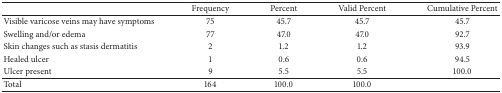
<table><thead><tr><td><b> </b></td><td><b>Frequency</b></td><td><b>Percent</b></td><td><b>Valid Percent</b></td><td><b>Cumulative Percent</b></td></tr></thead><tbody><tr><td>Visible varicose veins may have symptoms</td><td>75</td><td>45.7</td><td>45.7</td><td>45.7</td></tr><tr><td>Swelling and/or edema</td><td>77</td><td>47.0</td><td>47.0</td><td>92.7</td></tr><tr><td>Skin changes such as stasis dermatitis</td><td>2</td><td>1.2</td><td>1.2</td><td>93.9</td></tr><tr><td>Healed ulcer</td><td>1</td><td>0.6</td><td>0.6</td><td>94.5</td></tr><tr><td>Ulcer present</td><td>9</td><td>5.5</td><td>5.5</td><td>100.0</td></tr><tr><td>Total</td><td>164</td><td>100.0</td><td>100.0</td><td> </td></tr></tbody></table>